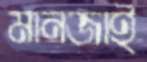
মানজাই